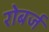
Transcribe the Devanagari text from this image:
रोबर्ज